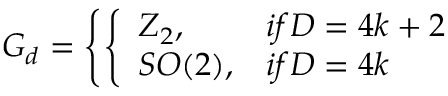
{ \cal G } _ { d } = \left\{ \left\{ \begin{array} { l l } { { Z _ { 2 } , } } & { { i f D = 4 k + 2 } } \\ { { S O ( 2 ) , } } & { { i f D = 4 k } } \end{array} \right. \right.